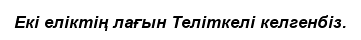
Екі еліктің лағын Теліткелі келгенбіз.